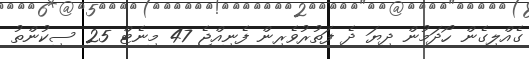
ގެއްލިގެން ހޯދަމުން ދިޔަ ދެ ފަތުރުވެރިން ފެނިއްޖެ 47 މިނެޓް 25 ސިކުންތު